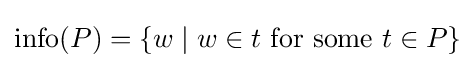
\operatorname {info} (P)=\{w\mid w\in t{\text{ for some }}t\in P\}